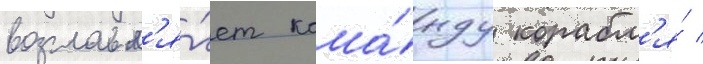
возглавл'я́ет кома́нду корабл'я́ /